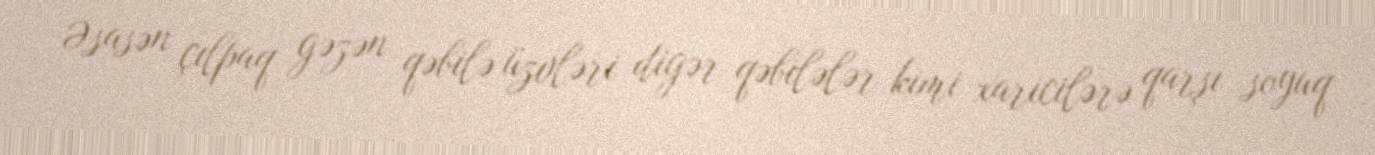
Əsasən çılpaq gəzən qəbilə üzvləri digər qəbilələr kimi xaricilərə qarşı soyuq